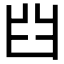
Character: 𦥒